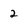
Character: 2